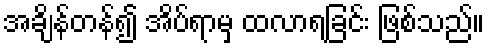
အချိန်တန်၍ အိပ်ရာမှ ထလာရခြင်း ဖြစ်သည်။